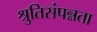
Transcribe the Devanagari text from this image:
श्रुतिसंपन्नता